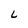
Character: L